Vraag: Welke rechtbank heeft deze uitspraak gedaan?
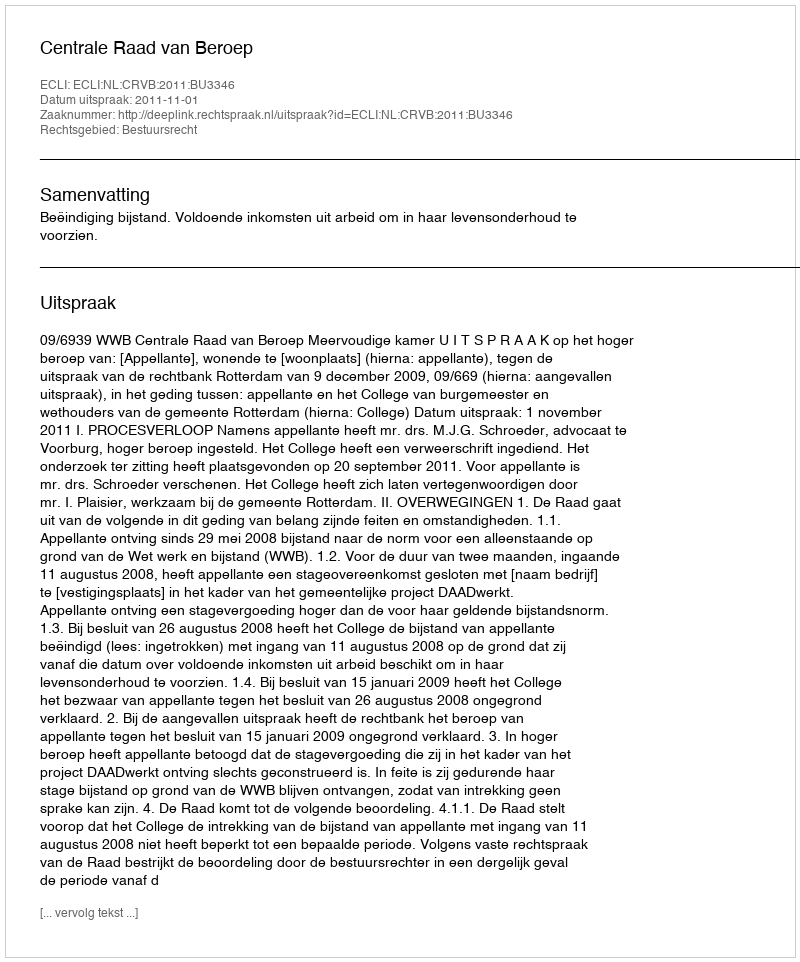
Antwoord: Centrale Raad van Beroep